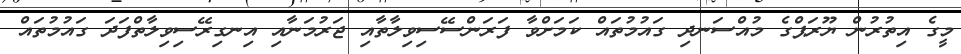
މީގެ އިތުރުން ޔޫރަޕްގެ މުއްސަނދި ގައުމުތައް ކަމަށްވާ ފަރަންސޭސިވިލާތާއި ޖަރުމަނާއި އިނގިރޭސިވިލާތްފަދަ ގައުމުތައް